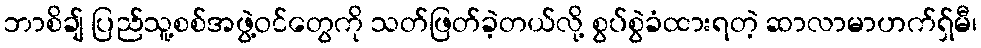
ဘာစိချ် ပြည်သူ့စစ်အဖွဲ့ဝင်တွေကို သတ်ဖြတ်ခဲ့တယ်လို့ စွပ်စွဲခံထားရတဲ့ ဆာလာမာဟက်ရှ်မီ၊